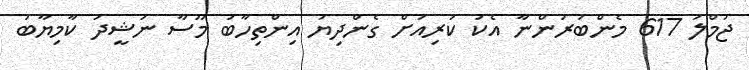
ޖުމްލަ 617 މެންބަރުންނާ އެކު ކުރިއަށް ގެންދިޔަ އިންތިހާބު މޫސާ ނަޝީދު ކާމިޔާބު